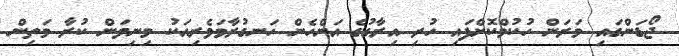
ޖޯޑަންގައި މަރަން ހުކުމްކޮށްފައި ހުރި އިރާގުގެ އަންހެން ހަނގުރާމަވެރިއަކު މިނިވަން ކުރާ މަތިން